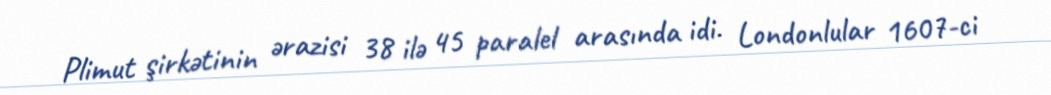
Plimut şirkətinin ərazisi 38 ilə 45 paralel arasında idi. Londonlular 1607-ci